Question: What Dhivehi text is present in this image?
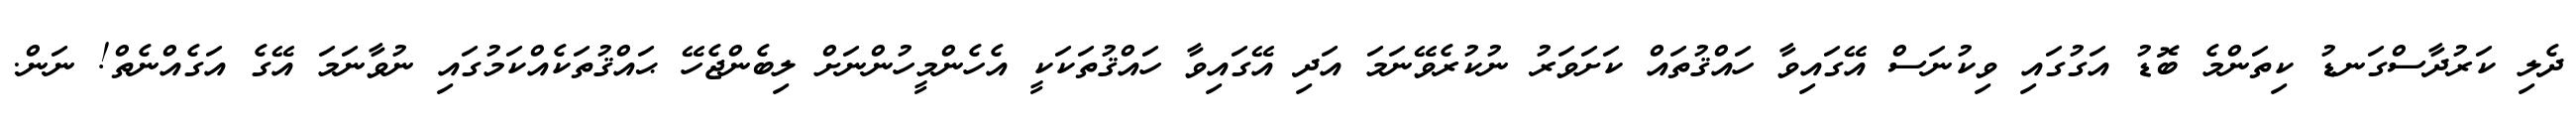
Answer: ދެލި ކަރުދާސްގަނޑު ކިތަންމެ ބޮޑު އަގުގައި ވިކުނަސް އޭގައިވާ ހައްޤުތައް ކަށަވަރު ނުކުރެވޭނަމަ އަދި އޭގައިވާ ހައްޤުތަކަކީ އެހެންމީހުންނަށް ލިބެންޖެހޭ ޙައްޤުތަކެއްކަމުގައި ނުވާނަމަ އޭގެ އަގެއްނެތް! ނަން.